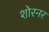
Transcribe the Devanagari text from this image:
शोरनर